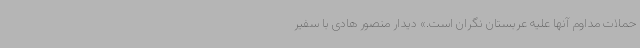
حملات مداوم آنها علیه عربستان نگران است.» دیدار منصور هادی با سفیر